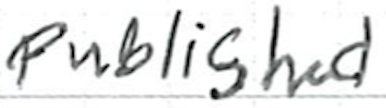
Text: published
Cross-out: clean
Writing tool: ballpoint